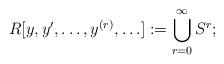
LaTeX: \begin{align*} R[y,y',\ldots,y^{(r)},\ldots]:=\bigcup_{r=0}^{\infty} S^r;\end{align*}